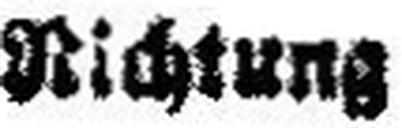
Richtung